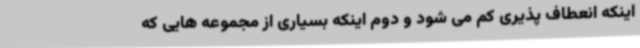
اینکه انعطاف پذیری کم می شود و دوم اینکه بسیاری از مجموعه هایی که